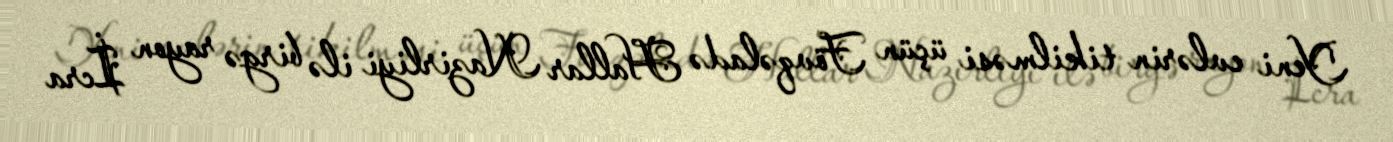
Yeni evlərin tikilməsi üçün Fövqəladə Hallar Nazirliyi ilə birgə rayon İcra